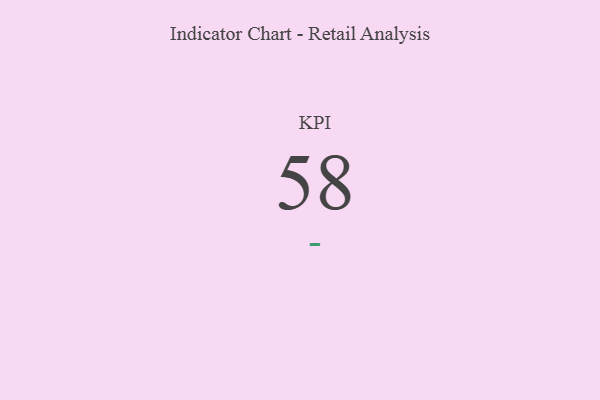
{"axis": {"x": "KPI", "y": "Value"}, "legend": [""], "data": [{"x": "KPI", "y": 58, "type": ""}]}